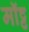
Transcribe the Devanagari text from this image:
मॉट्ट